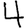
Digit: 4